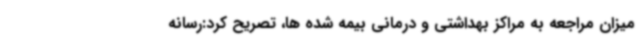
میزان مراجعه به مراکز بهداشتی و درمانی بیمه شده ها، تصریح کرد:رسانه